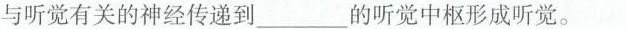
与听觉有关的神经传递到___的听觉中枢形成听觉。